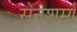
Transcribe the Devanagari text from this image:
सेनशर्मा